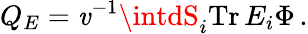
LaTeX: Q_{E}=\mathit{v}^{-1}\intdS_{i}\mathrm{{Tr}}\, E_{i}\Phi\, .